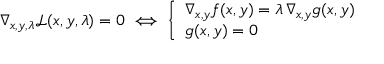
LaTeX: \nabla _ { x , y , \lambda } { \mathcal { L } } ( x , y , \lambda ) = 0 \iff { \left\{ \begin{array} { l l } { \nabla _ { x , y } f ( x , y ) = \lambda \, \nabla _ { x , y } g ( x , y ) } \\ { g ( x , y ) = 0 } \end{array} \right. }